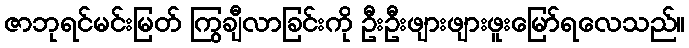
ဇာဘုရင်မင်းမြတ် ကြွချီလာခြင်းကို ဦးဦးဖျားဖျားဖူးမြော်ရလေသည်။